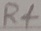
Text: R4